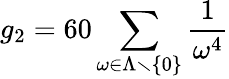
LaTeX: g_{2}=60\sum_{\omega\in\Lambda\smallsetminus\left\{ 0\right\} }{\frac{1}{\omega^{4}}}